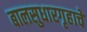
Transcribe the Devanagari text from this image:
बालसुधारगृहाचे